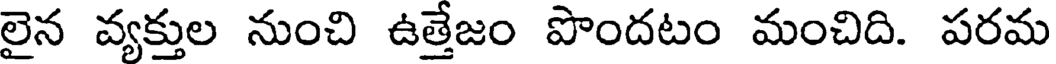
లైన వ్యక్తుల నుంచి ఉత్తేజం పొందటం మంచిది. పరమ